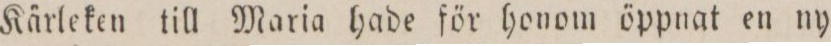
Kärleken till Maria hade för honom öppnat en ny